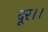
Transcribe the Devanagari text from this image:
दूर।।